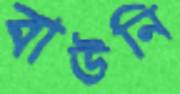
বাউনি